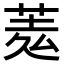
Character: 𦲃